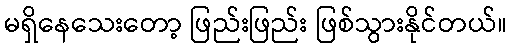
မရှိနေသေးတော့ ဖြည်းဖြည်း ဖြစ်သွားနိုင်တယ်။